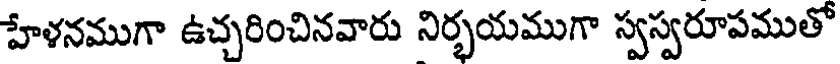
హేళనముగా ఉచ్చరించినవారు నిర్భయముగా స్వస్వరూపముతో